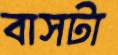
বাসটা